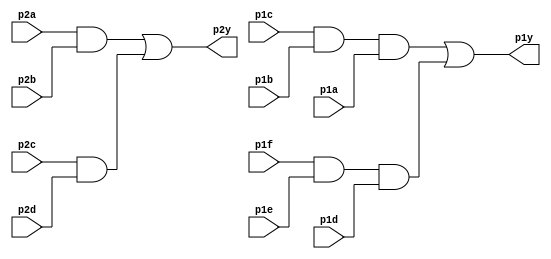
// This program was cloned from: https://github.com/matthewdelorenzo/CreativEval
// License: BSD 3-Clause "New" or "Revised" License

module top_module ( 
    input p1a, p1b, p1c, p1d, p1e, p1f,
    output p1y,
    input p2a, p2b, p2c, p2d,
    output p2y );

    wire abc1, def1, ab2, cd2;
    assign abc1 = p1c & p1b & p1a;
    assign def1 = p1f & p1e & p1d;
    assign p1y = abc1 | def1;
    
    assign ab2 = p2a & p2b;
    assign cd2 = p2c & p2d;
    assign p2y = ab2 | cd2;
    
endmodule